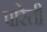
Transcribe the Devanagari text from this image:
पारेंती